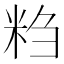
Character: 𬖖